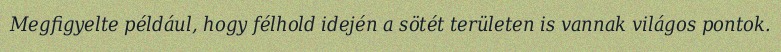
Megfigyelte például, hogy félhold idején a sötét területen is vannak világos pontok.